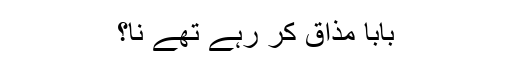
بابا مذاق کر رہے تھے نا؟